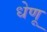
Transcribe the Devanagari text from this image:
धेणू